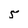
Character: 5